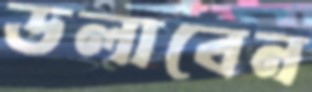
ডলাবেন